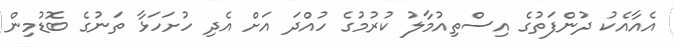
އެއާއެކު ދުންފަތުގެ އިސްތިއުމާލު ކުރުމުގެ ހުއްދަ އަށް އެދި ހުށަހަޅާ ތަނުގެ ބޮޑުމިން